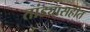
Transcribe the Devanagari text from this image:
तांड्यासहीत